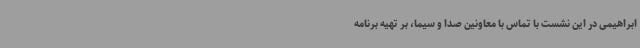
ابراهیمی در این نشست با تماس با معاونین صدا و سیما، بر تهیه برنامه